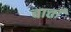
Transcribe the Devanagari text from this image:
बाताँ